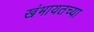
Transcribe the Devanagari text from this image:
खंभायतच्या